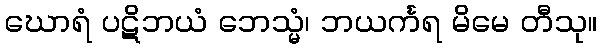
ဃောရံ ပဋိဘယံ ဘေသ္မံ၊ ဘယင်္ကရ မိမေ တီသု။